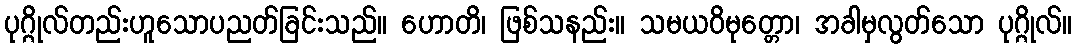
ပုဂ္ဂိုလ်တည်းဟူသောပညတ်ခြင်းသည်။ ဟောတိ၊ ဖြစ်သနည်း။ သမယဝိမုတ္တော၊ အခါမှလွတ်သော ပုဂ္ဂိုလ်။